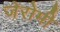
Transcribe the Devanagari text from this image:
जेरोमी